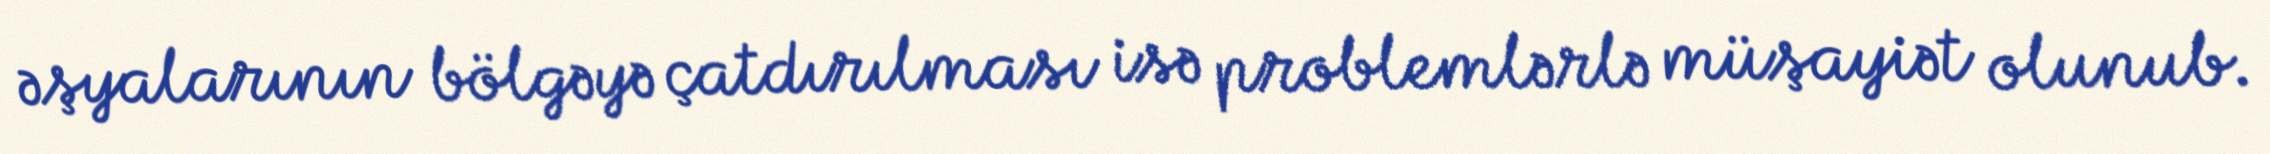
əşyalarının bölgəyə çatdırılması isə problemlərlə müşayiət olunub.